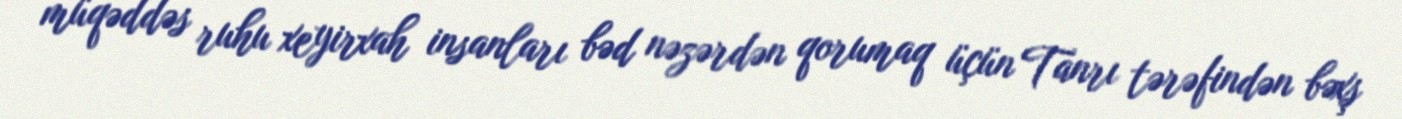
müqəddəs ruhu xeyirxah insanları bəd nəzərdən qorumaq üçün Tanrı tərəfindən bəxş